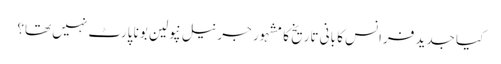
کیا جدید فرانس کا بانی تاریخ کا مشہور جرنیل نپولین بونا پارٹ نہیں تھا؟